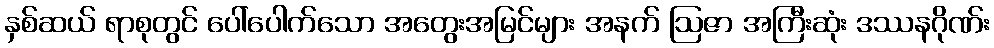
နှစ်ဆယ် ရာစုတွင် ပေါ်ပေါက်သော အတွေးအမြင်များ အနက် ဩဇာ အကြီးဆုံး ဒဿနဂိုဏ်း